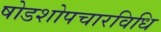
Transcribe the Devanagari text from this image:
षोडशोपचारविधि